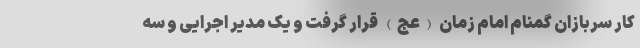
کار سربازان گمنام امام زمان (عج) قرار گرفت و یک مدیر اجرایی و سه